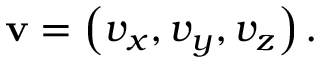
\mathbf { v } = \left( v _ { x } , v _ { y } , v _ { z } \right) .